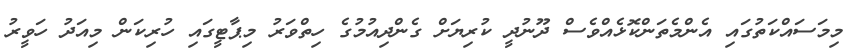
މިމަސައްކަތުގައި އެންމެތަންކޮޅެއްވެސް ދޫނުދީ ކުރިޔަށް ގެންދިއުމުގެ ހިތްވަރު މިޕާޓީގައި ހުރިކަން މިއަދު ހަވީރު